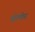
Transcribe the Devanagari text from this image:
वोल्केर